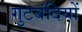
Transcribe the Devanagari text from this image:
गुटबंदियों